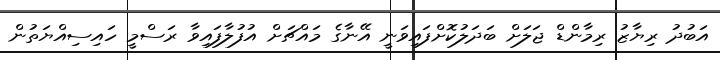
އަބުދު ރިޔާޒު ރިމާންޑް ޖަލަށް ބަދަލުކޮށްފައިވަނީ އޭނާގެ މައްޗަށް އުފުލާފައިވާ ރަސްމީ ހައިސިއްޔަތުން